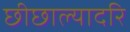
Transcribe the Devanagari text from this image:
छीछाल्यादरि